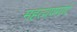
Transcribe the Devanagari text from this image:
महत्‍वपमर्ण